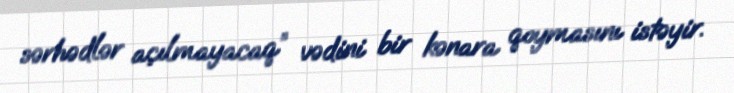
sərhədlər açılmayacaq” vədini bir kənara qoymasını istəyir.